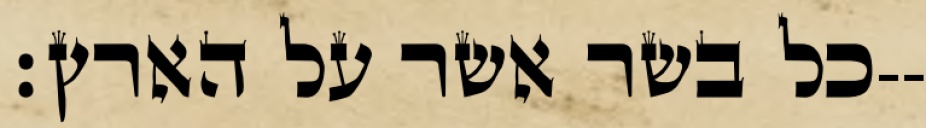
כל בשר אשר על הארץ׃--